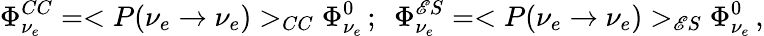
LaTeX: \Phi_{\nu_{e}}^{CC}=<P(\nu_{e}\to\nu_{e})>_{CC}\Phi_{\nu_{e}}^{0}\, ;~~\Phi_{\nu_{e}}^{\mathscr{E}S}=<P(\nu_{e}\to\nu_{e})>_{\mathscr{E}S}\Phi_{\nu_{e}}^{0}\, ,